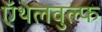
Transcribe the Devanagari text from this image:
ऍथेलवुल्फ